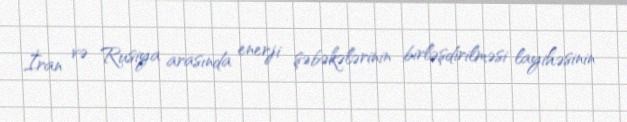
İran və Rusiya arasında enerji şəbəkələrinin birləşdirilməsi layihəsinin